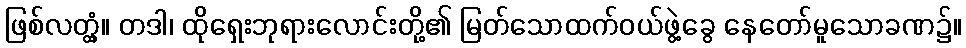
ဖြစ်လတ္တံ့။ တဒါ၊ ထိုရှေးဘုရားလောင်းတို့၏ မြတ်သောထက်ဝယ်ဖွဲ့ခွေ နေတော်မူသောခဏ၌။